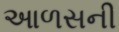
આળસની